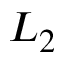
L _ { 2 }